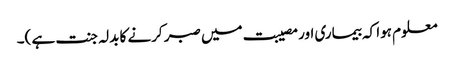
معلوم ہوا کہ بیماری اور مصیبت میں صبر کرنے کا بدلہ جنت ہے )۔